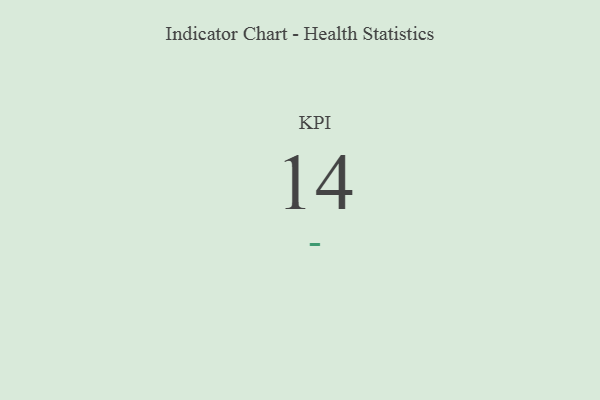
{"axis": {"x": "KPI", "y": "Value"}, "legend": [""], "data": [{"x": "KPI", "y": 14, "type": ""}]}